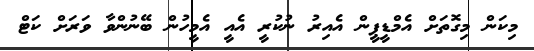
މިކަން މިގޮތަށް އެމްޑީޕީން އެއިރު ނުކުރީ އެއީ އެމީހުން ބޭނުންވާ ވަރަށް ކަޓް